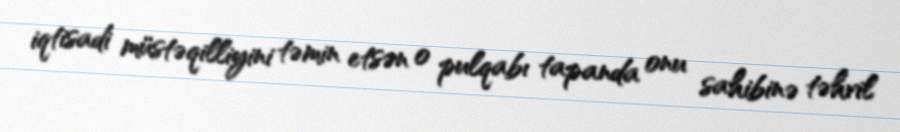
iqtisadi müstəqilliyini təmin etsən o pulqabı tapanda onu sahibinə təhvil